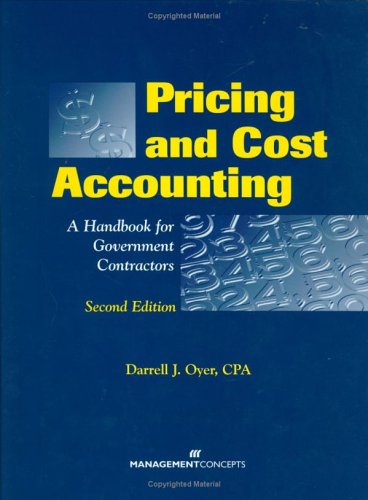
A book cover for Pricing and Cost Accounting: A Handbook for Government Contractors; Darrell Oyer; Law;